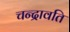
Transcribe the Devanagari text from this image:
चन्द्रावति